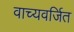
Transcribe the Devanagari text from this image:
वाच्यवर्जित